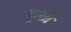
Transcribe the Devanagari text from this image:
तूत्सी